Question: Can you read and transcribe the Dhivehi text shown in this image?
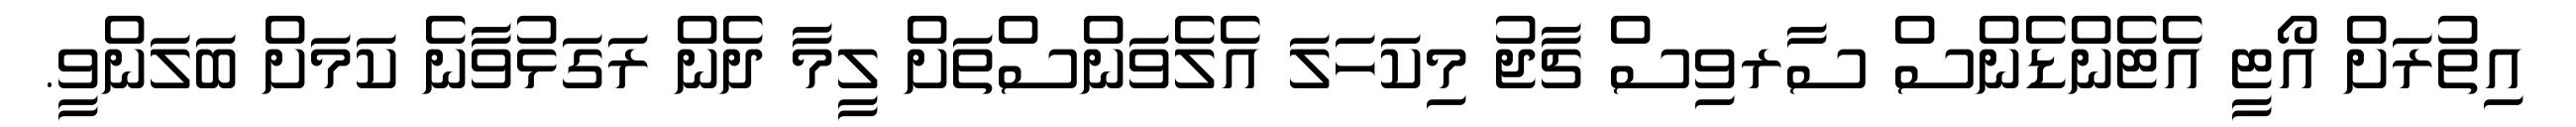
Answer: އިތުރަށް އޯޓީ އެޓެންޑެންސް ސާރވިސް ޗާޖު މިކަހަލަ އެލެވަންސްތަށް ލީމާ ދެން ރަގަޅުވާނެ ކަމަށް ބަލަންވީ.